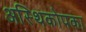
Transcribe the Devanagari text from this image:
अस्थिकोपका